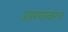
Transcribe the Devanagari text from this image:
अपारंपारिकरित्या